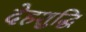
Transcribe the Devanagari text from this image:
देहशुद्धि